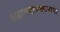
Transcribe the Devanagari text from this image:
शहानवाजखानाचा